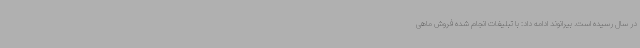
در سال رسیده است. بیرانوند ادامه داد: با تبلیغات انجام شده فروش ماهی